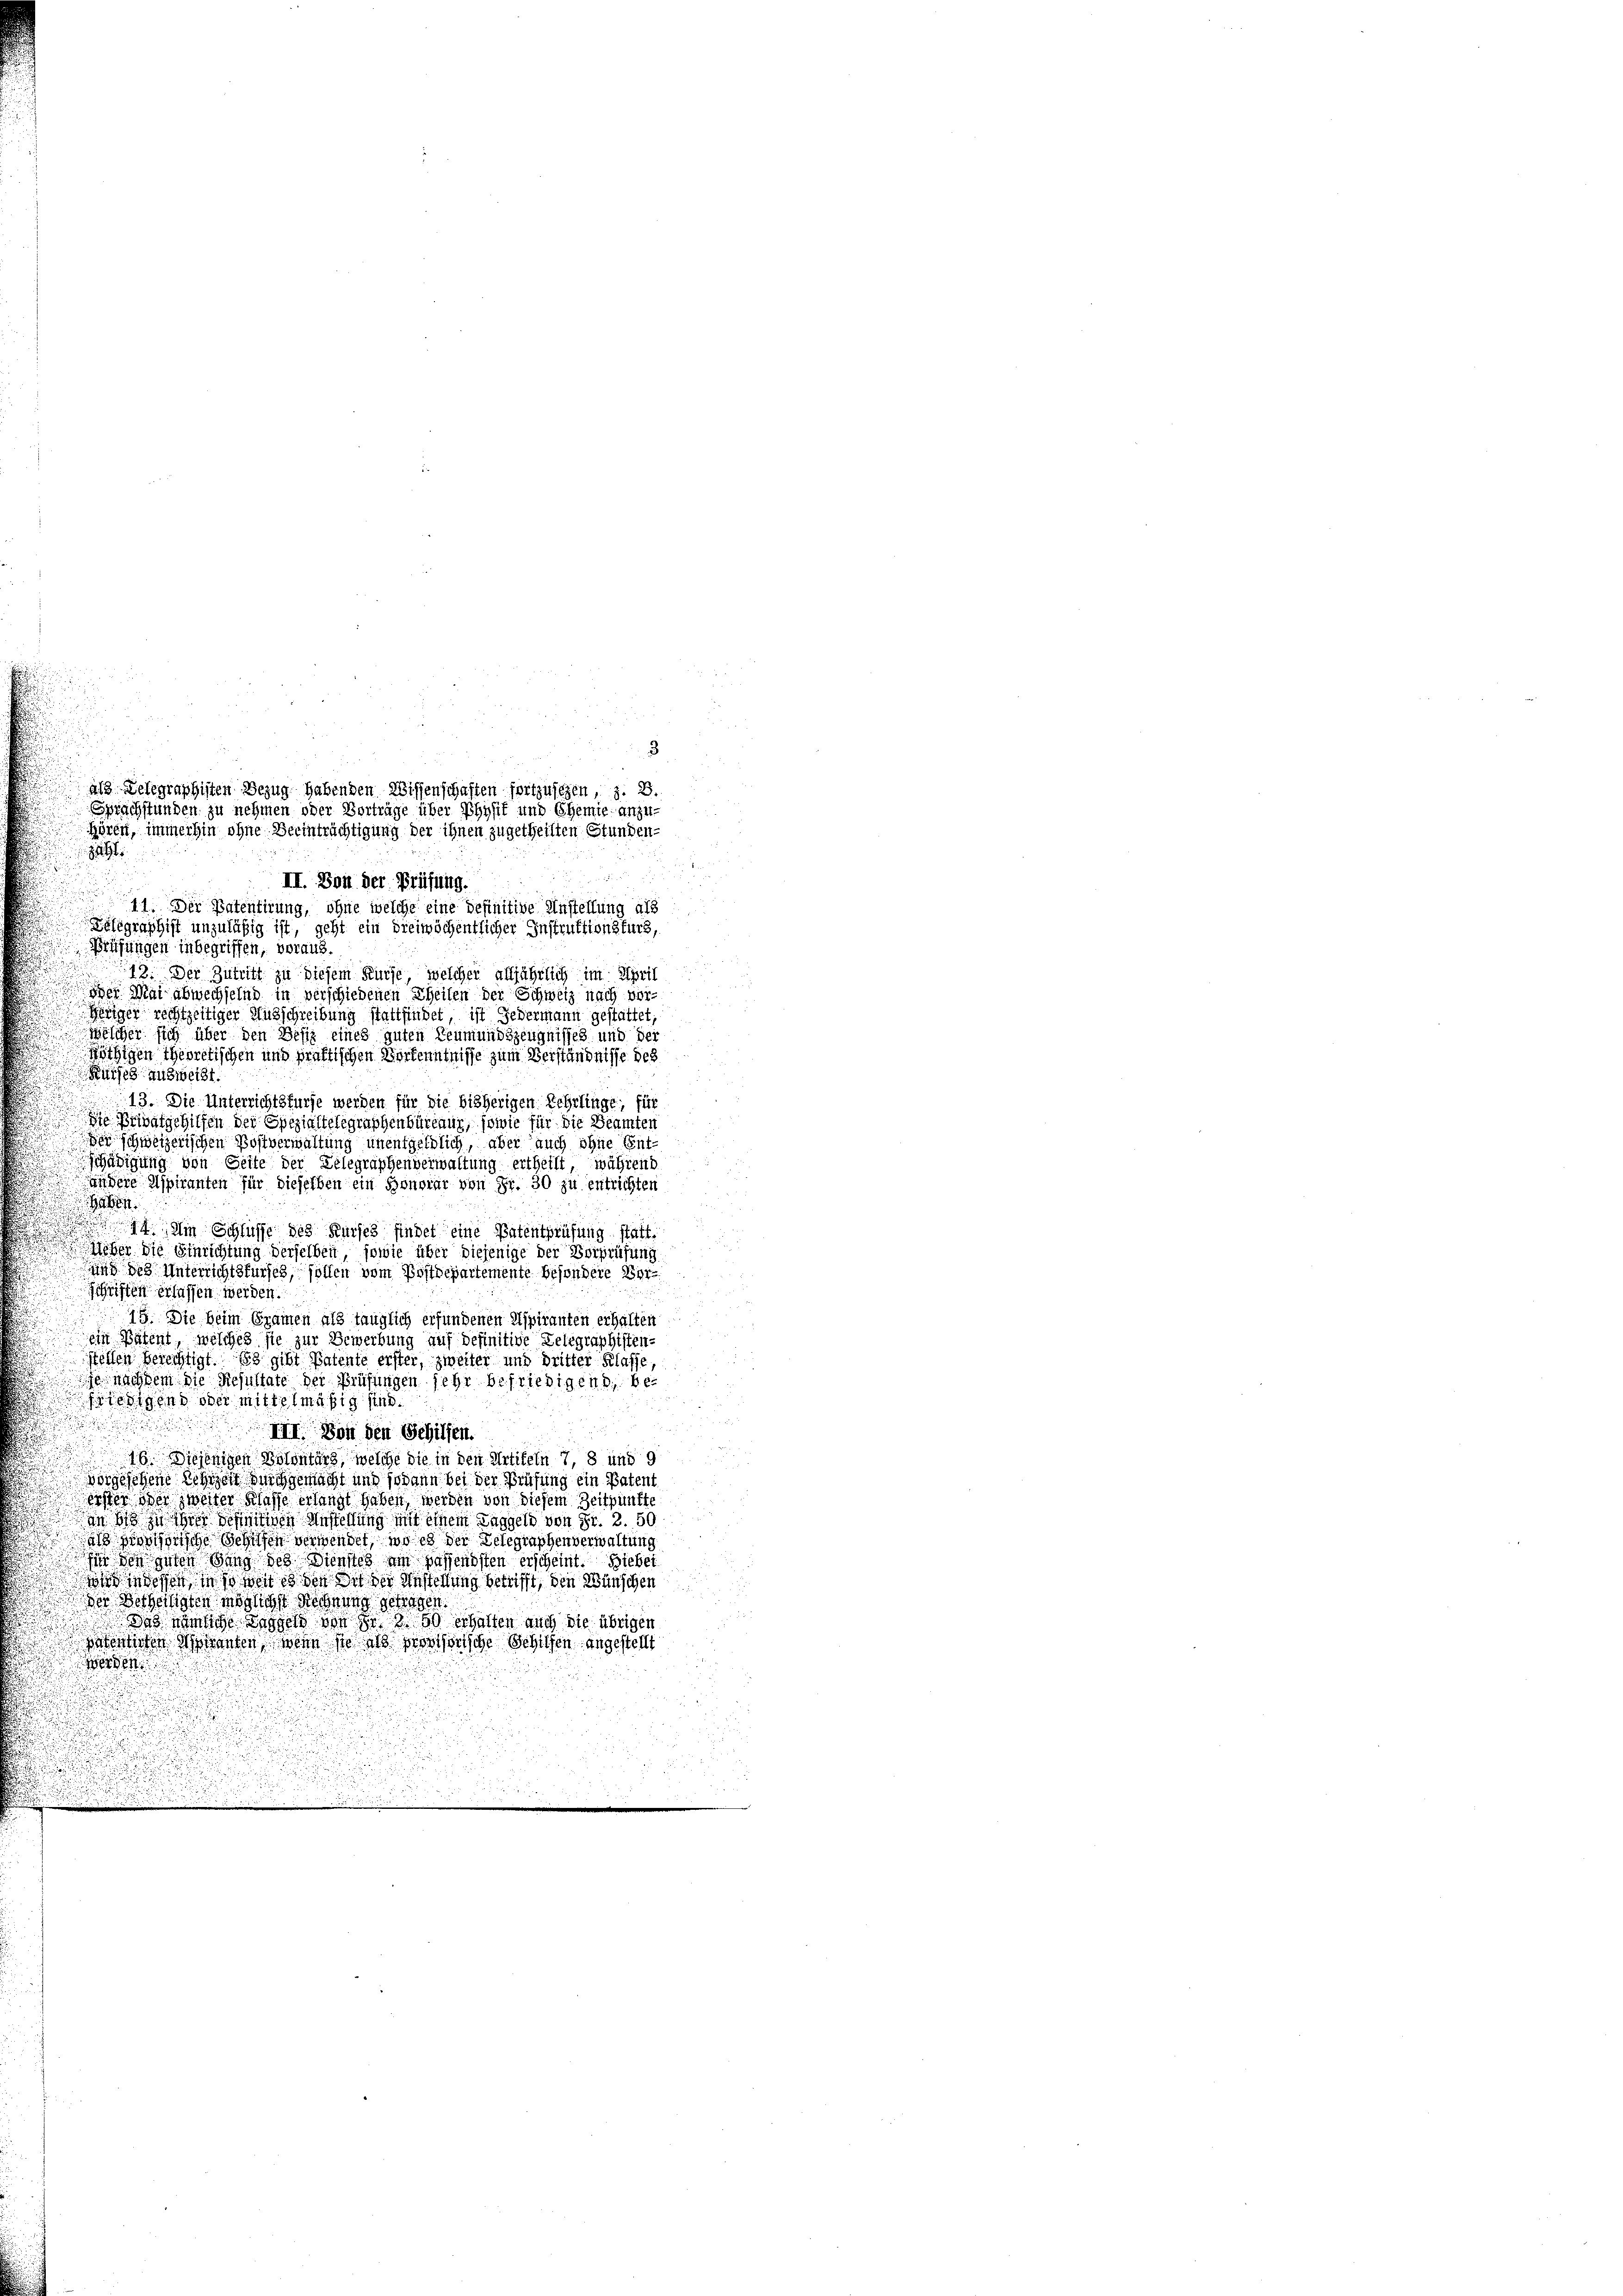
II. Von der Prüfung.
11. Der Patentirung, ohne welche eine befinitive Anstellung als
Telegraphist unzuläßig ist, geht ein dreiwöchentlicher Instruktionsfürs,
Prüfungen inbegriffen, voraus.
13. Der Zutritt zu diesem Kurse, welcher alljährlich im Sprit
en Mai abwechselnd in verschiedenen Theilen der Schweiz nach ver-
Giger rechtzeitiger Ausschreibung stattfindet ist jedermann gestattet;
n
welcher sich über den Besiz eines guten Leumundszeugnisses und der
gigen theoretischen und praktischen Verkenntnisse zum Verständnisse des
Kurses ausweist.
13. Die Unterrichtsfürse werden für die bisherigen Rehrlinge, für
 Privatgehilfen der Spezialtelegraphenbüreaux, sowie für die Beamten
er schweizerischen Postverwaltung unentgeldlich, aber auch ohne Ent-
schädigung von Seite der Telegraphenverwaltung ertheilt, während
Andere Aspiranten für dieselben ein Honorar von Fr. 30 zu entrichten
.
u
94. Im Schlüsse des Kurses findet eine Patentprüfung statt
b
eber die Einrichtung derselben, sowie über diejenige der Vorprüfung
und des Unterrichtskurses, sollen vom Postdepartemente besondere Ver¬
Schriften erlassen werden.
19. Sie beim Gramen als tauglich erfundenen Aspiranten erhalten
ein Patent, welches sie zur Bewerbung auf definitive Gelegraphisten-
stellen berechtigt. Es gibt Patente erster, zweiter und dritter Klasse,
je nachdem die Resultate der Prüfungen sehr befriedigend, behiesigen oder mittelmäßig sind.

III. Von den Schilfen.
16. Diejenigen Volanters, welche die in den Artikeln 7, 8 und 9
vorgesehene Resigen durchgemacht und sodann bei der Prüfung ein Patent
eister oder zweiter Klasse erlangt haben, werden von diesem Zeitpunkte
ain bis zu hier definitiven Anstellung mit einem Taggeld von Fr. 2. 50
 provisorische Schiffen verwendet, wo es der Gelegraphenverwaltung
in den guten dung des Dienstes um passendsten erscheint. Hiebei
nd in dessen in so weit es den in der Anstellung betrifft, den Wünschen
der Betheiligten mögliche Rechnung getragen.
Das nämliche Taggeld von Fr. 3. 50 erhalten auch die übrigen
nsentirten Manten, wenn sie als provisorische Gehilfen angestellt
Werden

als Delegraphisten Bezug habenden Wissenschaften fortzusehen, z. B
Sprachstunden zu nehmen oder Vorträge über Physif und Chemie anzu¬
Hören, immerhin ohne Beeinträchtigung der ihnen zugetheilten Stunden-
1

3

d